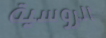
الروسية